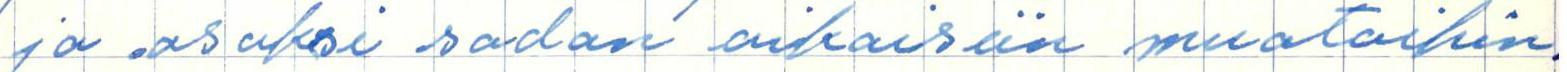
ja osaksi sodan aikaisiin muotoihin.